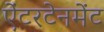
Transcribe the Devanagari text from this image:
ऐंटरटेनमेंट